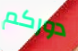
دوركم